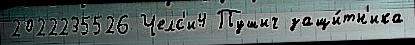
2022235526 Челс'и4 Пушич защи́тн'ика